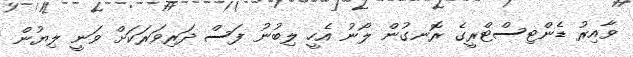
ވާއިރު ޑެންޓިސްޓްރީގެ ރޮނގުން ލޯނު އެހީ ލިބުނު ފަސް ދަރިވަރަކަށް ވަނީ ލިޔުން